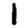
Digit: 1